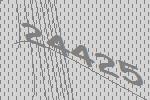
24425